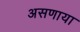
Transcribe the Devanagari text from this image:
असणाया